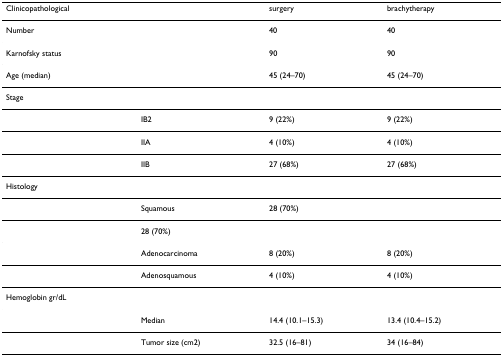
| Clinicopathological |  | surgery | brachytherapy |
 | --- | --- | --- | --- |
 | Number |  | 40 | 40 |
 | Karnofsky status |  | 90 | 90 |
 | Age (median) |  | 45 (24–70) | 45 (24–70) |
 | Stage |  |  |  |
 |  | IB2 | 9 (22%) | 9 (22%) |
 |  | IIA | 4 (10%) | 4 (10%) |
 |  | IIB | 27 (68%) | 27 (68%) |
 | Histology |  |  |  |
 |  | Squamous | 28 (70%) |  |
 |  | 28 (70%) |  |  |
 |  | Adenocarcinoma | 8 (20%) | 8 (20%) |
 |  | Adenosquamous | 4 (10%) | 4 (10%) |
 | Hemoglobin gr/dL |  |  |  |
 |  | Median | 14.4 (10.1–15.3) | 13.4 (10.4–15.2) |
 |  | Tumor size (cm2) | 32.5 (16–81) | 34 (16–84) |